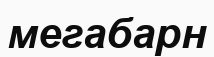
мегабарн